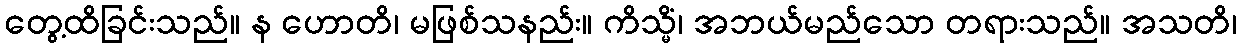
တွေ့ထိခြင်းသည်။ န ဟောတိ၊ မဖြစ်သနည်း။ ကိသ္မိံ၊ အဘယ်မည်သော တရားသည်။ အသတိ၊